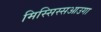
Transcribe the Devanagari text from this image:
मिस्सिस्सआउगा